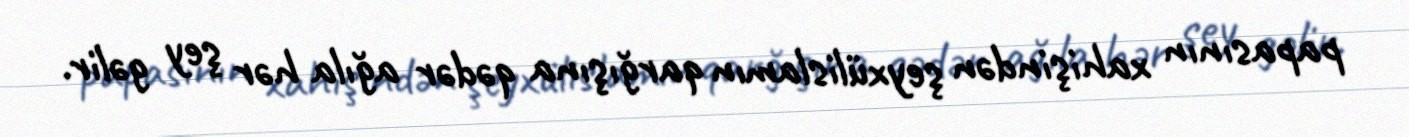
papasının xahişindən şeyxülislamın qarğışına qədər ağıla hər şey gəlir.